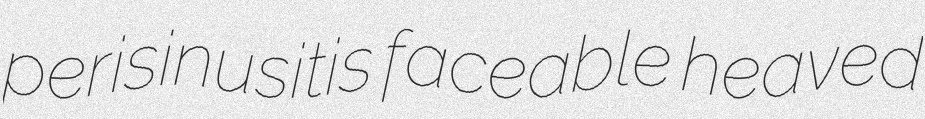
perisinusitis faceable heaved